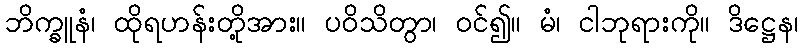
ဘိက္ခူနံ၊ ထိုရဟန်းတို့အား။ ပဝိသိတွာ၊ ဝင်၍။ မံ၊ ငါဘုရားကို။ ဒိဋ္ဌေန၊